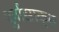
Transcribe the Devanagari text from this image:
दुर्वासाकृत